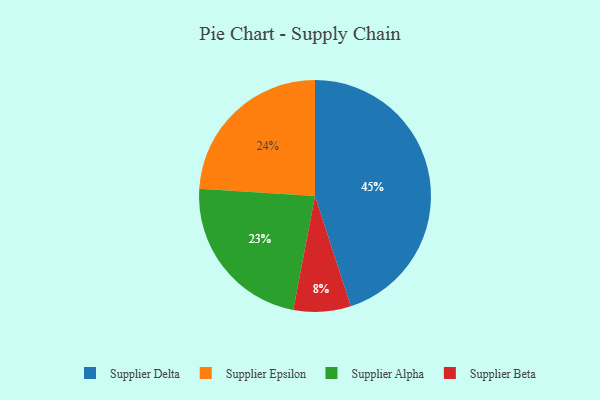
{"axis": {"x": "Category", "y": "Percentage"}, "legend": ["Supplier Alpha", "Supplier Beta", "Supplier Delta", "Supplier Epsilon"], "data": [{"x": "Supplier Epsilon", "y": 24, "type": "Supplier Epsilon"}, {"x": "Supplier Delta", "y": 45, "type": "Supplier Delta"}, {"x": "Supplier Beta", "y": 8, "type": "Supplier Beta"}, {"x": "Supplier Alpha", "y": 23, "type": "Supplier Alpha"}]}